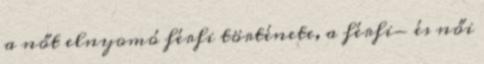
a nőt elnyomó férfi története, a férfi- és női